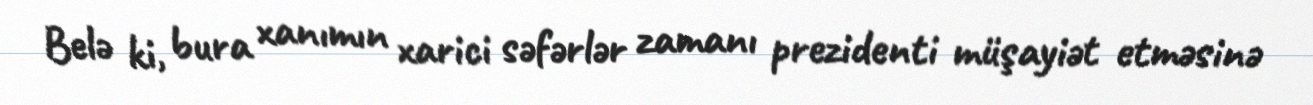
Belə ki, bura xanımın xarici səfərlər zamanı prezidenti müşayiət etməsinə